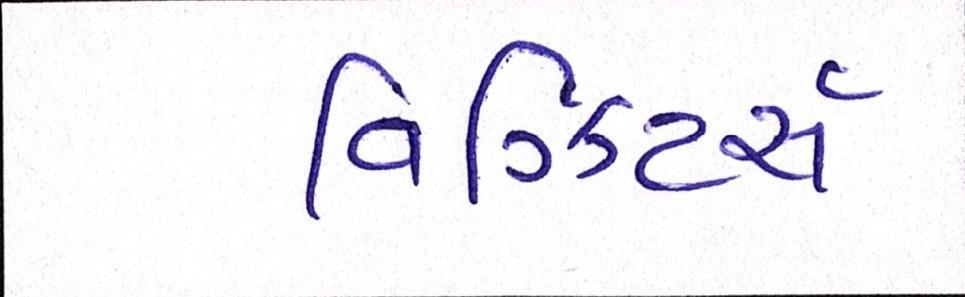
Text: વિઝિટર્સ